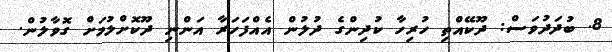
8. ބުދަދުވަސް: ދޫކޭއްތި ހުރިހާ ކުދިންގެ ދުލުން އެއްފަހަރާ އަންނި ދޫކޮށްލުމަށް ގޮވާލުން.